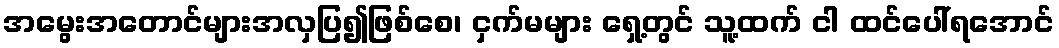
အမွေးအတောင်များအလှပြ၍ဖြစ်စေ၊ ငှက်မများ ရှေ့တွင် သူ့ထက် ငါ ထင်ပေါ်ရအောင်